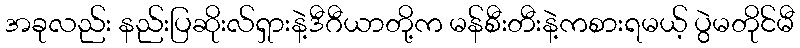
အခုလည်း နည်းပြဆိုးလ်ရှားနဲ့ဒီဂီယာတို့က မန်စီးတီးနဲ့ကစားရမယ့် ပွဲမတိုင်မီ